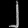
Digit: ၂